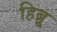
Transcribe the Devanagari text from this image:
हिब्र्रू